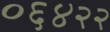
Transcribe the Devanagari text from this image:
०६४२२